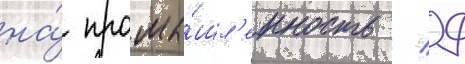
на́ промы́шл'енность / 9